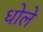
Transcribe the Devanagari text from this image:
धोले